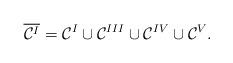
LaTeX: \begin{align*}\overline{\mathcal{C}^I}=\mathcal{C}^{I}\cup \mathcal{C}^{III}\cup \mathcal{C}^{IV}\cup\mathcal{C}^{V}. \end{align*}